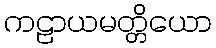
ကဠာယမတ္တိယော